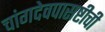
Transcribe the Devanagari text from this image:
चांगदेवपासष्टीची